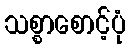
သစ္စာစောင့်ပုံ